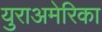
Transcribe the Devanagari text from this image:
युराअमेरिका